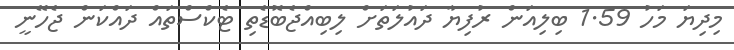
މިދިޔަ މަހު 1.59 ބިލިއަން ރުފިޔާ ދައުލަތަށް ލިބިއްޖެބޮޑެތި ޓެކްސްތައް ދައްކަން ޖެހޭނީ